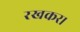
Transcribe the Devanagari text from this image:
रखकर।